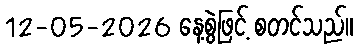
12-05-2026 နေ့စွဲဖြင့် စတင်သည်။